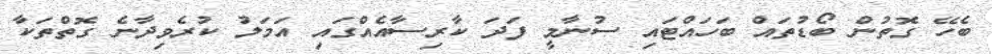
ބެހޭ ގޮތުން ބޯޑުތައް ބަހައްޓައި ސުނާމީ ފަދަ ކާރިސާއެއްގައި އަމަލު ކުރެވިދާނެ ގޮތްތަކާ